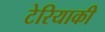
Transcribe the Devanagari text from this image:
टेरियाकी